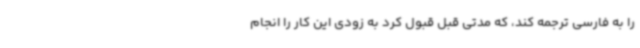
را به فارسی ترجمه کند، که مدتی قبل قبول کرد به زودی این کار را انجام